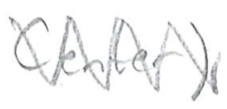
Text: Center)
Cross-out: zig-zag
Writing tool: pencil